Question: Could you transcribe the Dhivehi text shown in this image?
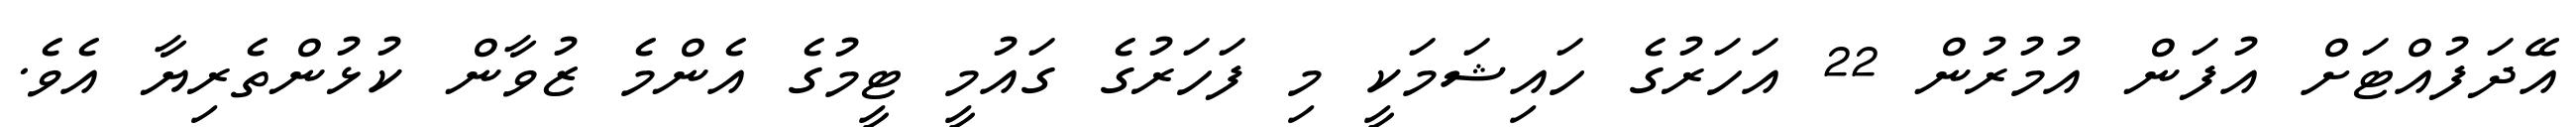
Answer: އޭދަފުއްޓަށް އުފަން އުމުރުން 22 އަހަރުގެ ހައިޝަމަކީ މި ފަހަރުގެ ގައުމީ ޓީމުގެ އެންމެ ޒުވާން ކުޅުންތެރިޔާ އެވެ.